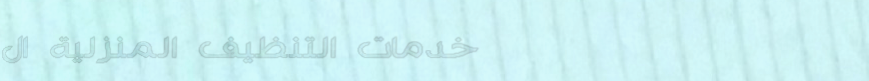
خدمات التنظيف المنزلية ال